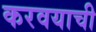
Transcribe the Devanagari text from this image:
करवयाची